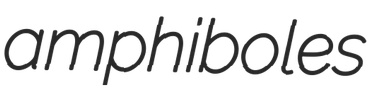
amphiboles